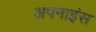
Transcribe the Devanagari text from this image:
अपनाइंस